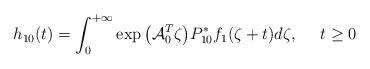
LaTeX: \begin{align*} h_{1 0}(t)=\int_{0}^{+\infty}\exp\big({\mathcal{A}}_{0}^{T}\zeta\big)P_{10}^{*}f_{1}(\zeta+t)d\zeta,\ \ \ \ t \ge 0\end{align*}